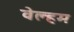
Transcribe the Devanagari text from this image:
वेल्हम